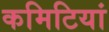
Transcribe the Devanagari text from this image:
कमिटियां